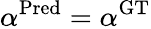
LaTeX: \alpha^{\mathrm{Pred}}=\alpha^{\mathrm{GT}}